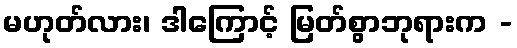
မဟုတ်လား၊ ဒါကြောင့် မြတ်စွာဘုရားက -